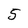
Character: 5